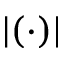
| ( \cdot ) |